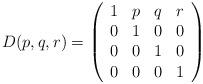
LaTeX: \begin{align*}D(p, q, r) = \left( \begin{array}{cccc}1 & p & q & r \\0 & 1 & 0 & 0 \\0 & 0 & 1 & 0 \\0 & 0 & 0 & 1\end{array} \right)\end{align*}